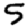
Digit: 5